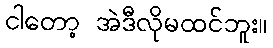
ငါတော့ အဲဒီလိုမထင်ဘူး။